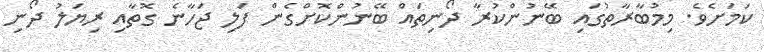
ކަމަށެވެ. މިމުބާރާތުގައި ބޭނުންކުރާ ދޯނިތައް ބޭނުންކޮށްގެން ފަލި ޖަހާނެ ގޮތާއި ރިޔަލު ދޯނި